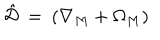
LaTeX: \hat { \mathcal { D } } \: = \: ( \nabla _ { M } + \Omega _ { M } )